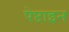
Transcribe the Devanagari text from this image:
पेप्टाइन